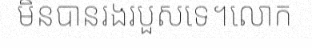
មិនបានរងរបួសទេ។លោក